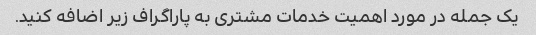
یک جمله در مورد اهمیت خدمات مشتری به پاراگراف زیر اضافه کنید.